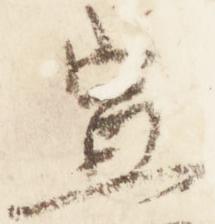
宣